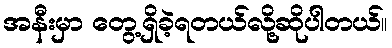
အနီးမှာ တွေ့ရှိခဲ့ရတယ်လို့ဆိုပါတယ်။